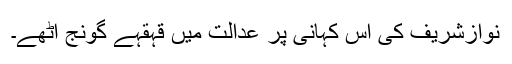
نوازشریف کی اس کہانی پر عدالت میں قہقہے گونج اٹھے۔